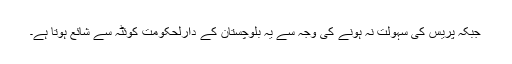
جبکہ پریس کی سہولت نہ ہونے کی وجہ سے یہ بلوچستان کے دارلحکومت کوئٹہ سے شائع ہوتا ہے۔